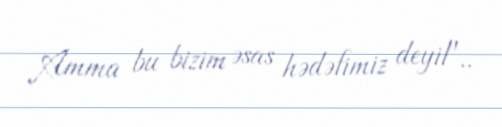
Amma bu bizim əsas hədəfimiz deyil"..